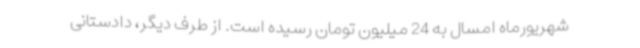
شهریورماه امسال به 24 میلیون تومان رسیده است. از طرف دیگر، دادستانی